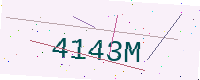
Text: 4143M